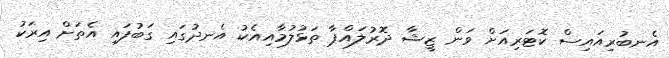
އެނބުރިއައިސް ކޮޓަރިއަށް ވަން ޒީޝާ ދޮރުލައްޕާ ތަޅުލުމާއިއެކު އެނދުގައި ގަބުފައި އެތަށް އިރަކު